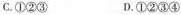
C.①②③ D.①②③④